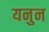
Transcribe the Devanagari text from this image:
यनुन